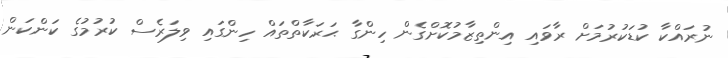
ނުރައްކާ ކުޑަކުރުމަށް ރާވައި އިންތިޒާމުކޮށްގެން ހިންގާ ޙަރަކާތްތައް ހިންގައި ވިލަރެސް ކުރުމުގެ ކަންކަން